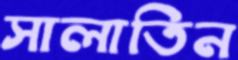
সালাতিন